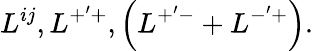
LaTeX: L^{ij},L^{+^{\prime}+},\left(L^{+^{\prime}-}+L^{-^{\prime}+}\right).